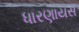
ધારણાયસ